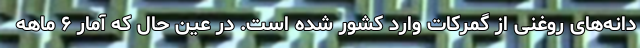
دانه‌های روغنی از گمرکات وارد کشور شده است. در عین حال که آمار ۶ ماهه